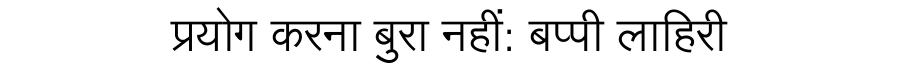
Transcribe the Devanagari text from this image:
प्रयोग करना बुरा नहीं: बप्पी लाहिरी